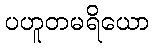
ပဟူတမရိယော